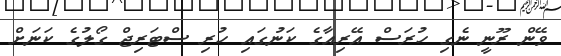
ވޭން ރޫނީ ނެގި ހުރަސް އޭރިއާގެ ކަނުގައި ހުރި ސްޓަރިޖް ގޯލުގެ ކަނަށް